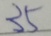
3 5